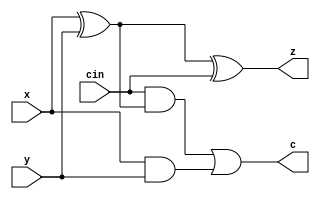
`timescale 1ns / 1ps

//Basic Full-Adder using Logic Gates.

module FullAdder(x,y,z,c,cin);
input wire x,y,cin;
output wire z,c;
wire w1, w2, w3;

xor(w1,x,y);
xor(z,w1,cin);
and(w2,cin,w1);
and(w3,x,y);
or(c,w2,w3);

endmodule